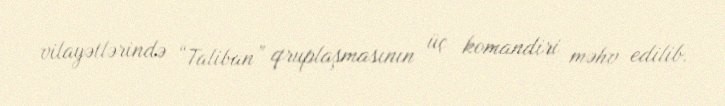
vilayətlərində “Taliban” qruplaşmasının üç komandiri məhv edilib.